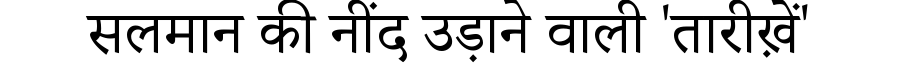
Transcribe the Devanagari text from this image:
सलमान की नींद उड़ाने वाली 'तारीख़ें'